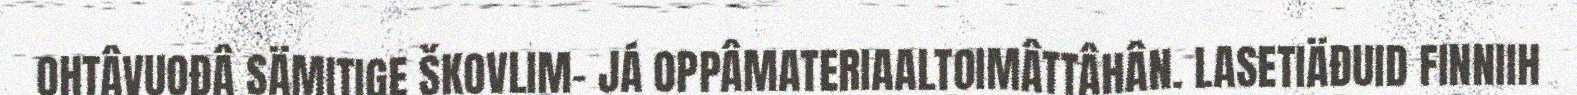
OHTÂVUOĐÂ SÄMITIGE ŠKOVLIM- JÁ OPPÂMATERIAALTOIMÂTTÂHÂN. LASETIÄĐUID FINNIIH